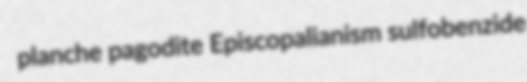
planche pagodite Episcopalianism sulfobenzide